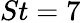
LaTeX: St=7